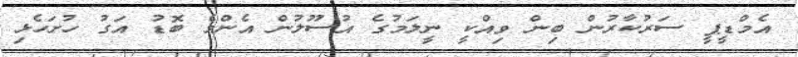
އެމްޑީޕީ ސަރުކާރުން ބިން ވިއްކީ ނީލަމުގެ އުސޫލުން އެންމެ ބޮޑު އަގު ހުށަހެޅި